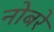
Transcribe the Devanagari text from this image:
नोबरे